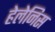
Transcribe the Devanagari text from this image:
हेलेनिस